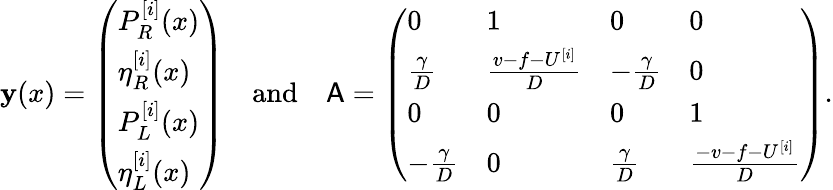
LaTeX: \mathbf{y}(x)=\left(\begin{array}{l}{P_{R}^{[i]}(x)}\\ {\eta_{R}^{[i]}(x)}\\ {P_{L}^{[i]}(x)}\\ {\eta_{L}^{[i]}(x)}\end{array}\right)\quad\mathrm{and}\quad\mathsf{A}=\left(\begin{array}{llll}{0}&{1}&{0}&{0}\\ {\frac{\gamma}{D}}&{\frac{v-f-U^{[i]}}{D}}&{-\frac{\gamma}{D}}&{0}\\ {0}&{0}&{0}&{1}\\ {-\frac{\gamma}{D}}&{0}&{\frac{\gamma}{D}}&{\frac{-v-f-U^{[i]}}{D}}\end{array}\right).